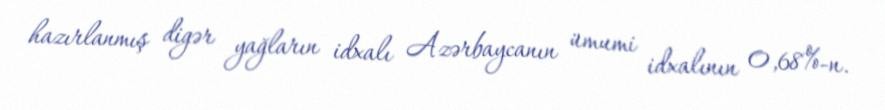
hazırlanmış digər yağların idxalı Azərbaycanın ümumi idxalının 0,68%-n.